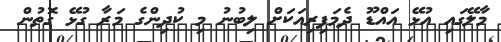
މާލޭގައި އުޅޭ އައްޑޫ ދެމަފިރިއަކަށް ލިބުނު މި ކުދިންގެ މަރާ ގުޅޭ ގޮތުން